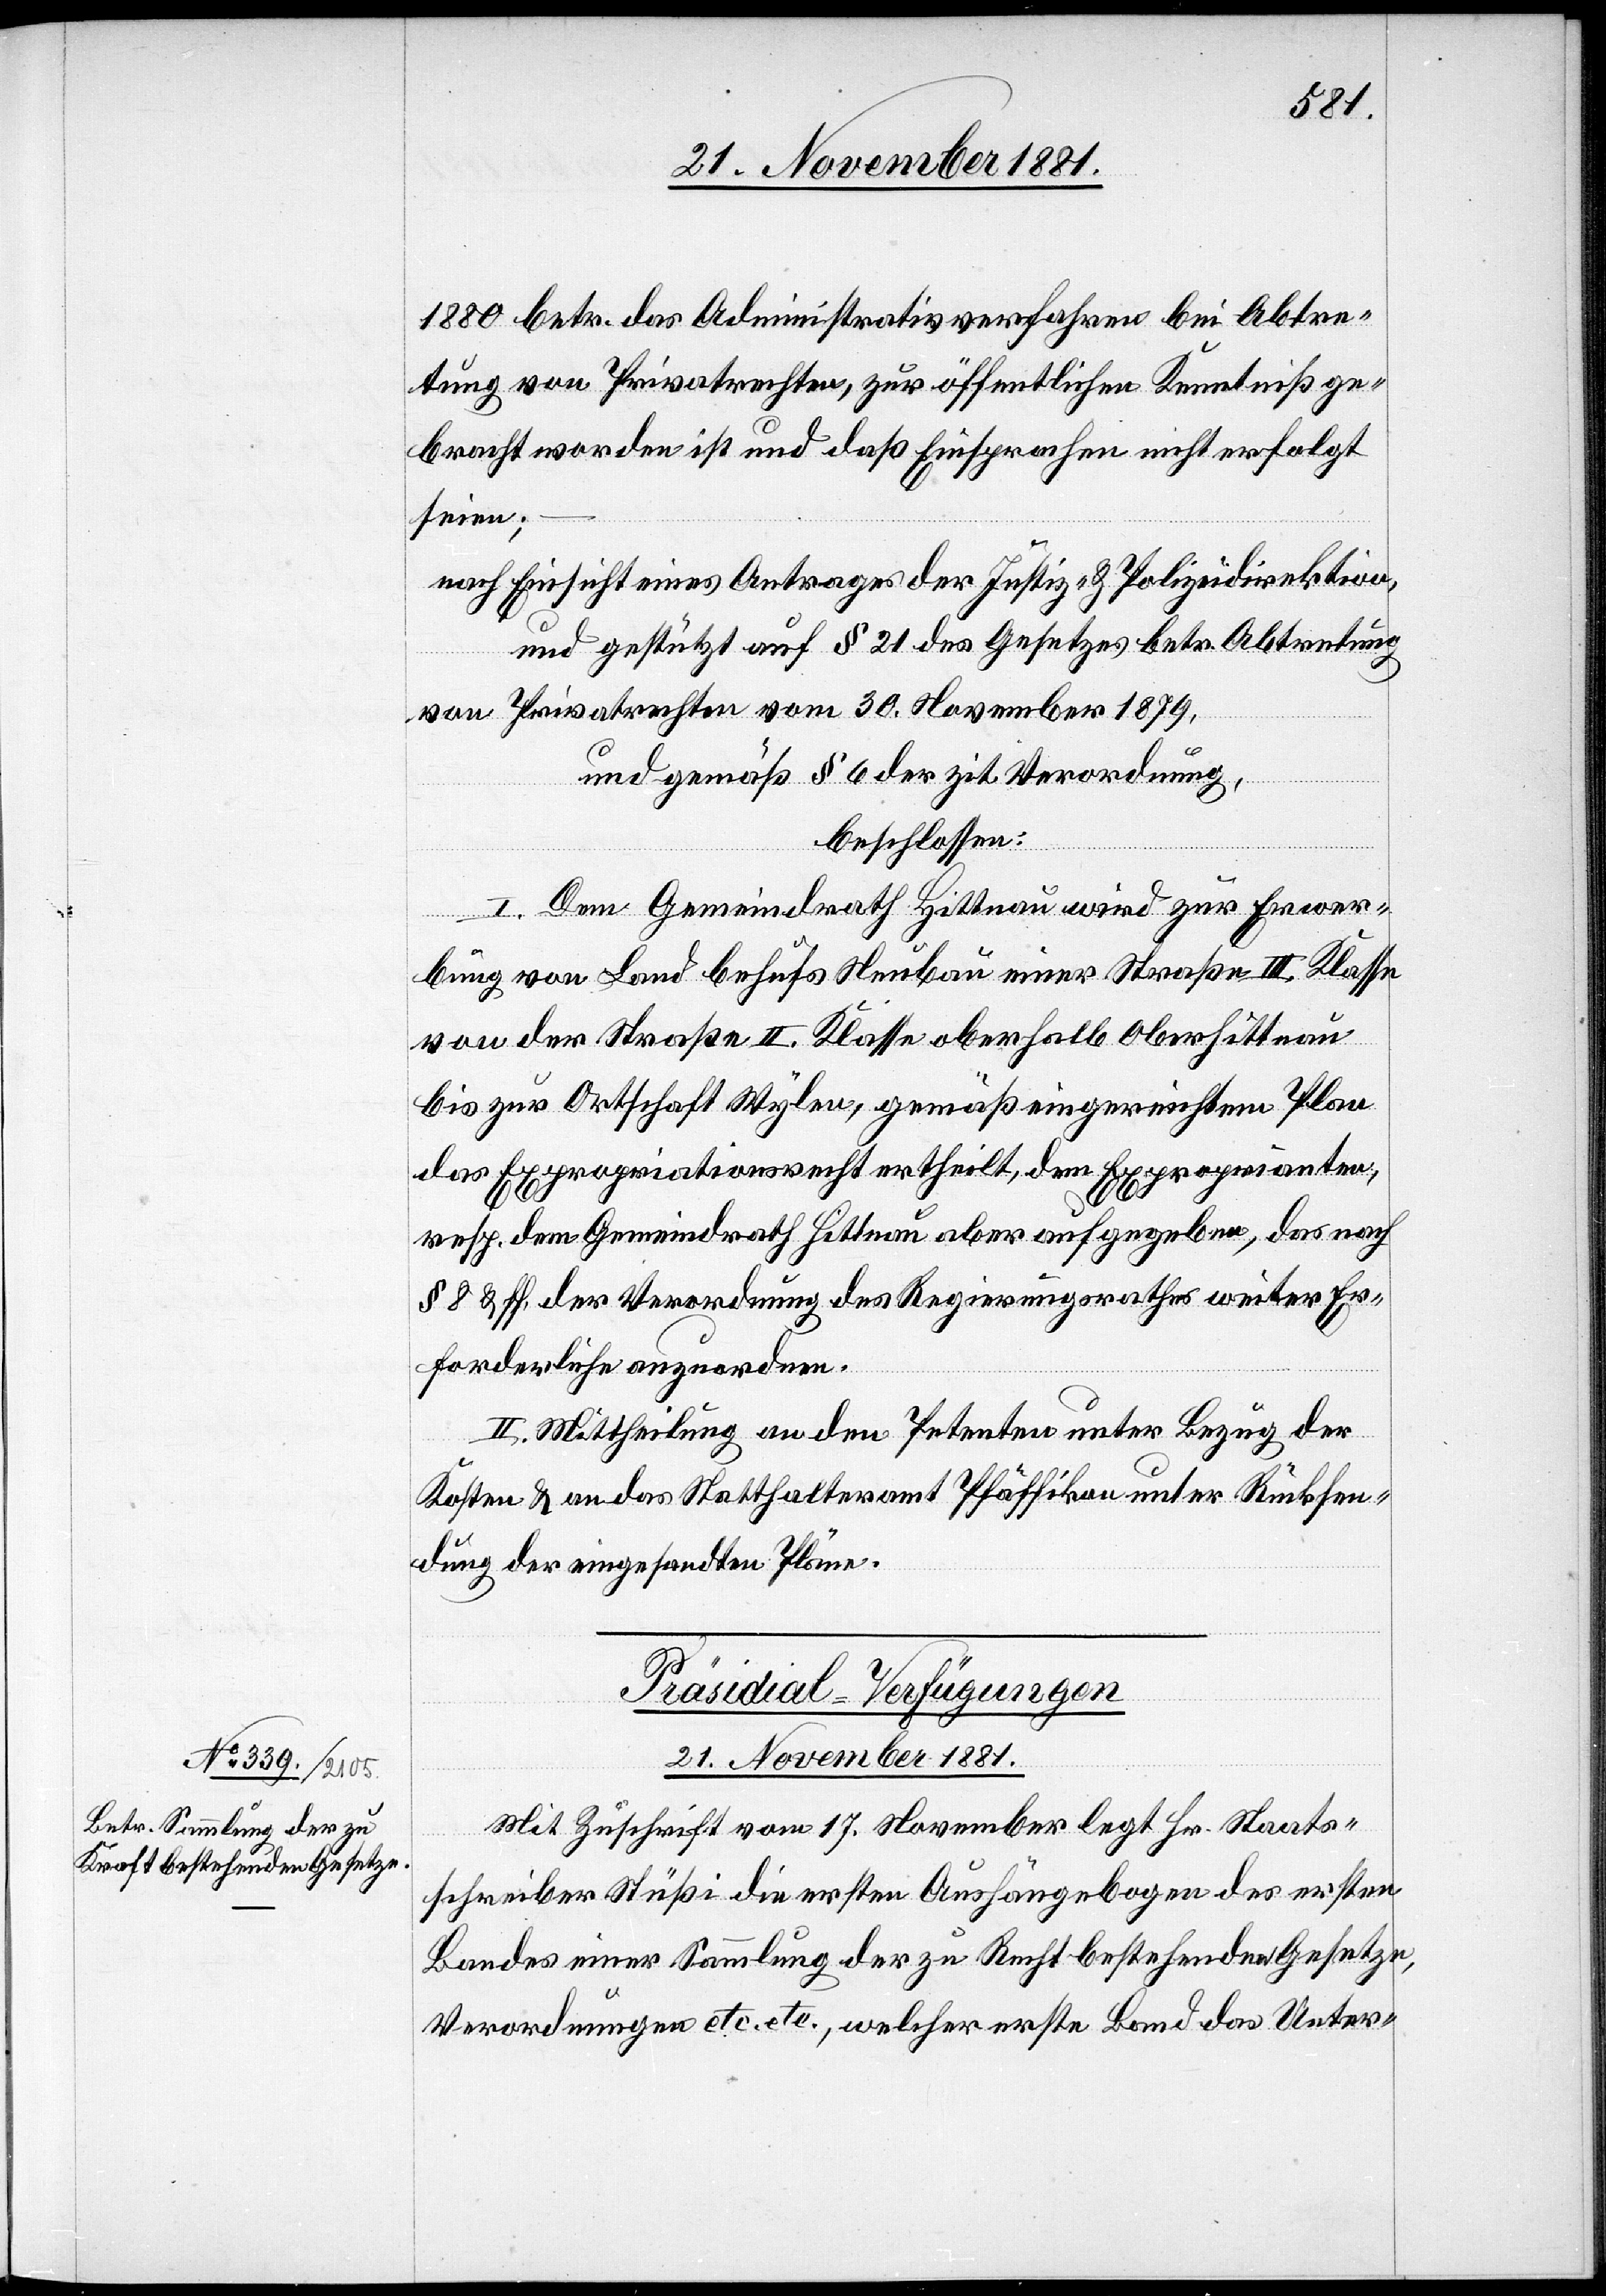
21. November 1881.
1880 betr. das Administrativverfahren bei Abtre¬
tung von Privatrechten, zur öffentlichen Kenntnis ge¬
bracht worden ist und daß Einsprachen nicht erfolgt
seien;
nach Einsicht eines Antrages der Justiz- & Polizeidirektion,
und gestützt auf § 21 des Gesetzes betr. Abtretung
von Privatrechten vom 30. November 1879,
und gemäß § 6 der zit. Verordnung,
beschlossen:
I. Dem Gemeindrath Hittnau wird zur Erwer¬
bung von Land behufs Neubau einer Straße III. Klasse
von der Straße II. Klasse oberhalb Oberhittnau
bis zur Ortschaft Wylen, gemäß eingereichtem Plan
das Expropriationsrecht ertheilt, dem Exproprianten,
resp. dem Gemeindrath Hittnau aber aufgegeben, das nach
§ 8 & ff. der Verordnung des Regierungsrathes weiter Er¬
forderliche anzuordnen.
II. Mittheilung an den Petenten unter Bezug der
Kosten & an das Statthalteramt Pfäffikon unter Rücksen¬
dung der eingesandten Pläne.
Präsidial-Verfügungen
Mit Zuschrift vom 17. November legt Hr. Staats¬
schreiber Stüßi die ersten Aushängebogen des ersten
Bandes einer Sammlung der zu Recht bestehenden Gesetze,
Verordnungen etc. etc. [sic!], welcher erste Band das Unter-